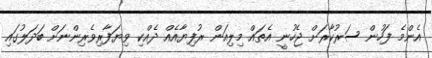
އެންމެ ފަހުން ސަރުކާރަށް ޖެހުނީ އެތައް މިލިއަން ރުފިޔާއެއް ދެއްކި ވިޔަފާރިވެރިންނަަށް ބަދަލުގައި